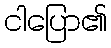
ငါပြော၏